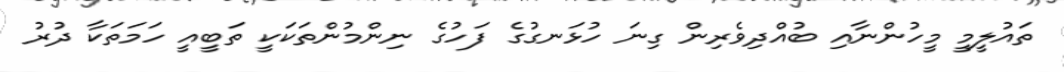
ތައުލީމީ މީހުންނާއި ބުއްދިވެރިން ގިނަ ހުޅަނގުގެ ފަހުގެ ނިންމުންތަކަކީ ތަބީއީ ހަމަތަކާ ދުރު